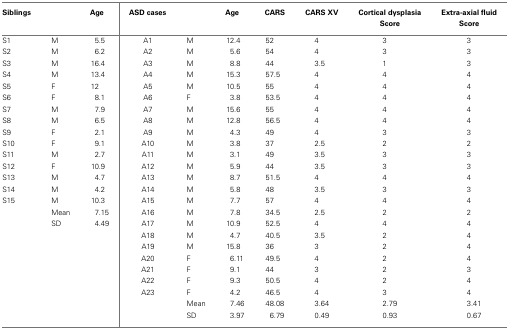
<table><thead><tr><td><b>Siblings</b></td><td></td><td><b>Age</b></td><td><b>ASD cases</b></td><td></td><td><b>Age</b></td><td><b>CARS</b></td><td><b>CARS XV</b></td><td><b>Cortical dysplasia</b></td><td><b>Extra-axial fluid</b></td></tr><tr><td></td><td></td><td></td><td></td><td></td><td></td><td></td><td></td><td><b>Score</b></td><td><b>Score</b></td></tr></thead><tbody><tr><td>S1</td><td>M</td><td>5.5</td><td>A1</td><td>M</td><td>12.4</td><td>52</td><td>4</td><td>3</td><td>3</td></tr><tr><td>S2</td><td>M</td><td>6.2</td><td>A2</td><td>M</td><td>5.6</td><td>54</td><td>4</td><td>3</td><td>3</td></tr><tr><td>S3</td><td>M</td><td>16.4</td><td>A3</td><td>M</td><td>8.8</td><td>44</td><td>3.5</td><td>1</td><td>3</td></tr><tr><td>S4</td><td>M</td><td>13.4</td><td>A4</td><td>M</td><td>15.3</td><td>57.5</td><td>4</td><td>4</td><td>4</td></tr><tr><td>S5</td><td>F</td><td>12</td><td>A5</td><td>M</td><td>10.5</td><td>55</td><td>4</td><td>4</td><td>4</td></tr><tr><td>S6</td><td>F</td><td>8.1</td><td>A6</td><td>F</td><td>3.8</td><td>53.5</td><td>4</td><td>4</td><td>4</td></tr><tr><td>S7</td><td>M</td><td>7.9</td><td>A7</td><td>M</td><td>15.6</td><td>55</td><td>4</td><td>4</td><td>4</td></tr><tr><td>S8</td><td>M</td><td>6.5</td><td>A8</td><td>M</td><td>12.8</td><td>56.5</td><td>4</td><td>4</td><td>4</td></tr><tr><td>S9</td><td>F</td><td>2.1</td><td>A9</td><td>M</td><td>4.3</td><td>49</td><td>4</td><td>3</td><td>3</td></tr><tr><td>S10</td><td>F</td><td>9.1</td><td>A10</td><td>M</td><td>3.8</td><td>37</td><td>2.5</td><td>2</td><td>2</td></tr><tr><td>S11</td><td>M</td><td>2.7</td><td>A11</td><td>M</td><td>3.1</td><td>49</td><td>3.5</td><td>3</td><td>3</td></tr><tr><td>S12</td><td>F</td><td>10.9</td><td>A12</td><td>M</td><td>5.9</td><td>44</td><td>3.5</td><td>3</td><td>3</td></tr><tr><td>S13</td><td>M</td><td>4.7</td><td>A13</td><td>M</td><td>8.7</td><td>51.5</td><td>4</td><td>4</td><td>4</td></tr><tr><td>S14</td><td>M</td><td>4.2</td><td>A14</td><td>M</td><td>5.8</td><td>48</td><td>3.5</td><td>3</td><td>3</td></tr><tr><td>S15</td><td>M</td><td>10.3</td><td>A15</td><td>M</td><td>7.7</td><td>57</td><td>4</td><td>4</td><td>4</td></tr><tr><td></td><td>Mean</td><td>7.15</td><td>A16</td><td>M</td><td>7.8</td><td>34.5</td><td>2.5</td><td>2</td><td>2</td></tr><tr><td></td><td>SD</td><td>4.49</td><td>A17</td><td>M</td><td>10.9</td><td>52.5</td><td>4</td><td>4</td><td>4</td></tr><tr><td></td><td></td><td></td><td>A18</td><td>M</td><td>4.7</td><td>40.5</td><td>3.5</td><td>2</td><td>4</td></tr><tr><td></td><td></td><td></td><td>A19</td><td>M</td><td>15.8</td><td>36</td><td>3</td><td>2</td><td>4</td></tr><tr><td></td><td></td><td></td><td>A20</td><td>F</td><td>6.11</td><td>49.5</td><td>4</td><td>2</td><td>4</td></tr><tr><td></td><td></td><td></td><td>A21</td><td>F</td><td>9.1</td><td>44</td><td>3</td><td>2</td><td>3</td></tr><tr><td></td><td></td><td></td><td>A22</td><td>F</td><td>9.3</td><td>50.5</td><td>4</td><td>2</td><td>4</td></tr><tr><td></td><td></td><td></td><td>A23</td><td>F</td><td>4.2</td><td>46.5</td><td>4</td><td>3</td><td>4</td></tr><tr><td></td><td></td><td></td><td></td><td>Mean</td><td>7.46</td><td>48.08</td><td>3.64</td><td>2.79</td><td>3.41</td></tr><tr><td></td><td></td><td></td><td></td><td>SD</td><td>3.97</td><td>6.79</td><td>0.49</td><td>0.93</td><td>0.67</td></tr></tbody></table>